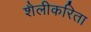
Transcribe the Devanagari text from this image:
शैलीकरिता